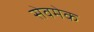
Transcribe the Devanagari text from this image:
सेवमेक